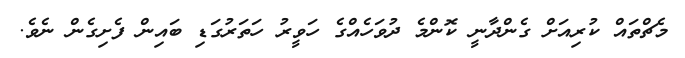
މެޗްތައް ކުރިއަށް ގެންދާނީ ކޮންމެ ދުވަހެއްގެ ހަވީރު ހަތަރުގަޑި ބައިން ފެށިގެން ނެވެ.